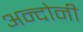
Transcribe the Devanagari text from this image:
अन्दोनी